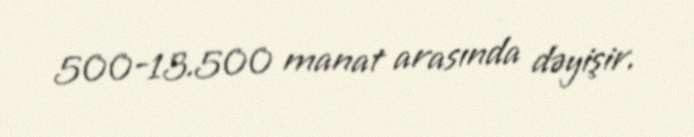
500-13.500 manat arasında dəyişir.